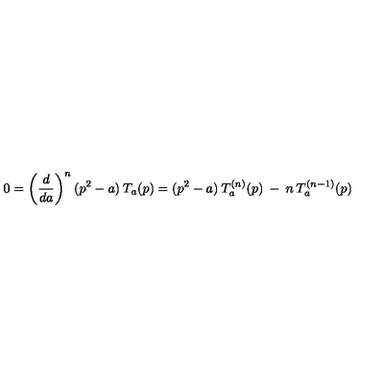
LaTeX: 0 = \left( \frac { d } { d a } \right) ^ { n } ( p ^ { 2 } - a ) \: T _ { a } ( p ) = ( p ^ { 2 } - a ) \: T _ { a } ^ { ( n ) } ( p ) \: - \: n \: T _ { a } ^ { ( n - 1 ) } ( p )